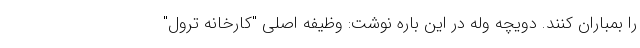
را بمباران کنند. دویچه وله در این باره نوشت: وظیفه اصلی "کارخانه ترول"